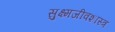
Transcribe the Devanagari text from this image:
सुक्ष्मजीवशास्त्र